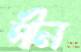
পীন